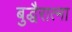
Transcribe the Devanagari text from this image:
बुद्धैरात्मा